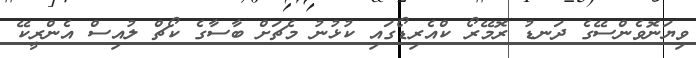
ވިޔަނޮވެންސޭގެ ދަނޑު ރޮމޭރޯ ކްއެރިޑޯގައި ކުޅުނު މެޗަށް ބާސާގެ ކޯޗް ލުއިސް އެންރީކޭ